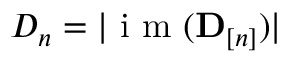
D _ { n } = | \mathrm { ~ i ~ m ~ } ( \mathbf D _ { [ n ] } ) |